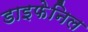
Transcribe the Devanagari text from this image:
डाइफेनिल